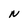
Character: N